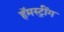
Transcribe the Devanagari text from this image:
हॅमस्ट्रींग